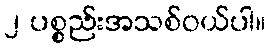
၂ ပစ္စည်းအသစ်ဝယ်ပါ။